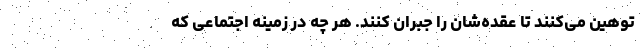
توهین می‌کنند تا عقده‌شان را جبران کنند. هر چه در زمینه اجتماعی که